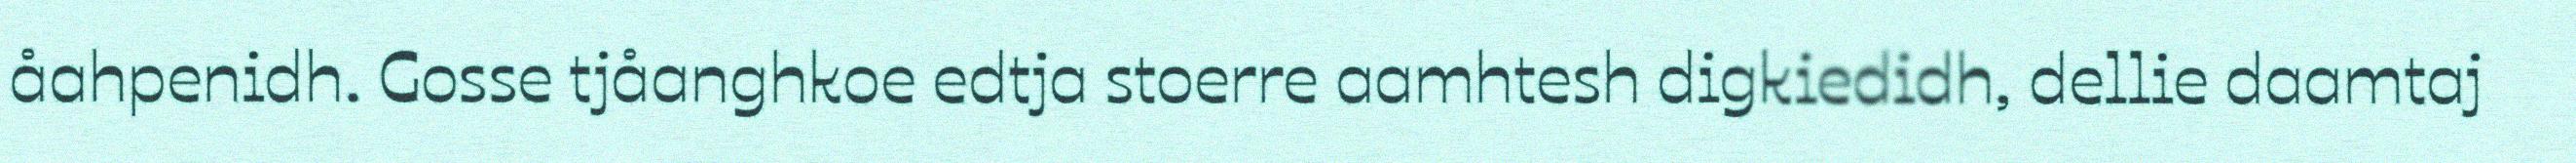
åahpenidh. Gosse tjåanghkoe edtja stoerre aamhtesh digkiedidh, dellie daamtaj